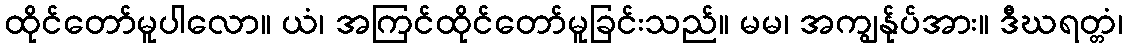
ထိုင်တော်မူပါလော။ ယံ၊ အကြင်ထိုင်တော်မူခြင်းသည်။ မမ၊ အကျွန်ုပ်အား။ ဒီဃရတ္တံ၊